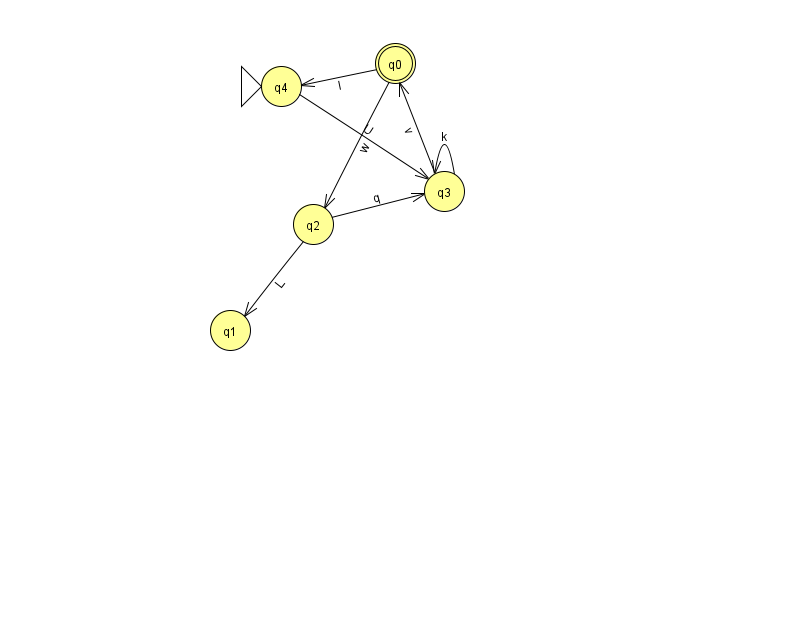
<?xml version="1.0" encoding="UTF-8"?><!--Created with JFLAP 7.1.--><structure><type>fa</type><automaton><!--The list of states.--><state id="0" name="q0"><x>395.0</x><y>50.0</y><final/></state><state id="1" name="q1"><x>230.0</x><y>317.0</y></state><state id="2" name="q2"><x>313.0</x><y>211.0</y></state><state id="3" name="q3"><x>444.0</x><y>178.0</y></state><state id="4" name="q4"><x>281.0</x><y>73.0</y><initial/></state><!--The list of transitions.--><transition><from>0</from><to>2</to><read>w</read></transition><transition><from>2</from><to>1</to><read>L</read></transition><transition><from>3</from><to>0</to><read>v</read></transition><transition><from>3</from><to>3</to><read>k</read></transition><transition><from>0</from><to>4</to><read>I</read></transition><transition><from>2</from><to>3</to><read>q</read></transition><transition><from>4</from><to>3</to><read>U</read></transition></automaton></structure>